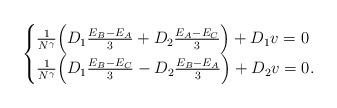
LaTeX: \begin{align*}\begin{cases}\frac{1}{N^\gamma}\Big(D_1\frac{E_{B}-E_A}{3}+ D_2\frac{E_A-E_{C}}{3}\Big)+D_1v=0 \\\frac{1}{N^\gamma}\Big(D_1\frac{E_{B}-E_{C}}{3}- D_2\frac{E_{B}-E_A}{3}\Big)+D_2v=0.\end{cases}\end{align*}